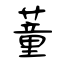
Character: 蕫